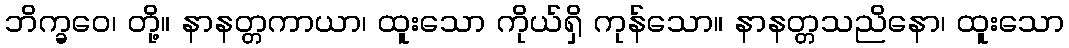
ဘိက္ခဝေ၊ တို့။ နာနတ္တကာယာ၊ ထူးသော ကိုယ်ရှိ ကုန်သော။ နာနတ္တသညိနော၊ ထူးသော